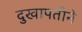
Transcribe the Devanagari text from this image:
दुखापतीने